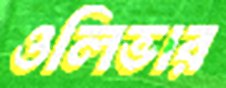
ওলিভার